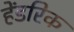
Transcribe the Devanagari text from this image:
हेंडरिक